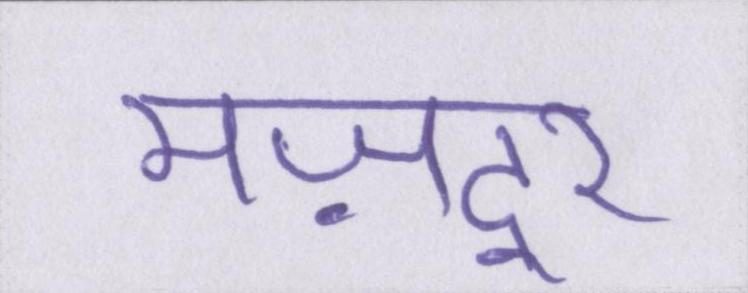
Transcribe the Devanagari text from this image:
मज़दूर